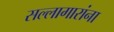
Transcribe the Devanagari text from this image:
सल्लागारांना